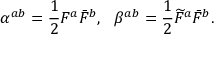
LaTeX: \alpha ^ { a b } = \frac { 1 } { 2 } F ^ { a } \bar { F } ^ { b } , ~ ~ \beta ^ { a b } = \frac { 1 } { 2 } \widetilde { F } ^ { a } \bar { F } ^ { b } .